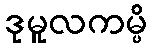
ဒုမူလကမ္ပိ